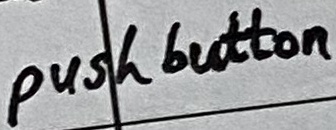
Text: push button